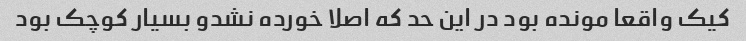
کیک واقعا مونده بود در این حد که اصلا خورده نشدو بسیار کوچک بود